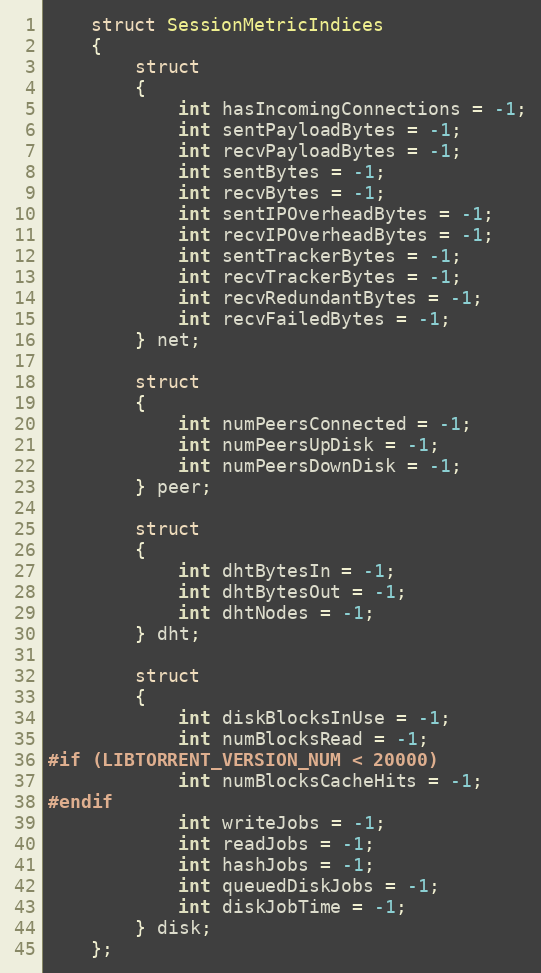
Language: C
    struct SessionMetricIndices
    {
        struct
        {
            int hasIncomingConnections = -1;
            int sentPayloadBytes = -1;
            int recvPayloadBytes = -1;
            int sentBytes = -1;
            int recvBytes = -1;
            int sentIPOverheadBytes = -1;
            int recvIPOverheadBytes = -1;
            int sentTrackerBytes = -1;
            int recvTrackerBytes = -1;
            int recvRedundantBytes = -1;
            int recvFailedBytes = -1;
        } net;

        struct
        {
            int numPeersConnected = -1;
            int numPeersUpDisk = -1;
            int numPeersDownDisk = -1;
        } peer;

        struct
        {
            int dhtBytesIn = -1;
            int dhtBytesOut = -1;
            int dhtNodes = -1;
        } dht;

        struct
        {
            int diskBlocksInUse = -1;
            int numBlocksRead = -1;
#if (LIBTORRENT_VERSION_NUM < 20000)
            int numBlocksCacheHits = -1;
#endif
            int writeJobs = -1;
            int readJobs = -1;
            int hashJobs = -1;
            int queuedDiskJobs = -1;
            int diskJobTime = -1;
        } disk;
    };